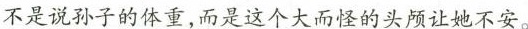
不是说孙子的体重，而是这个大而怪的头颅让她不安。